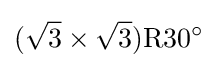
({\sqrt {3}}\times {\sqrt {3}})\mathrm {R} 30^{\circ }